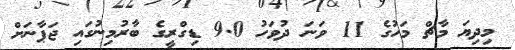
މިދިޔަ މާޗް މަހުގެ 11 ވަނަ ދުވަހު 9.0 ޑިގްރީގެ ބާރުމިނުގައި ޖަޕާނަށް